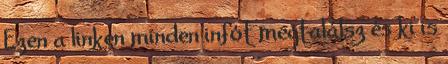
Ezen a linken minden infót megtalálsz és ki is